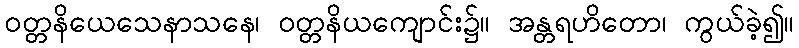
ဝတ္တနိယေသေနာသနေ၊ ဝတ္တနိယကျောင်း၌။ အန္တရဟိတော၊ ကွယ်ခဲ့၍။